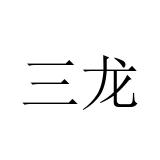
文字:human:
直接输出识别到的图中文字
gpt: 三龙